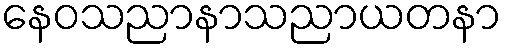
နေဝသညာနာသညာယတနာ